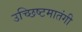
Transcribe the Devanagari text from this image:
उच्छिष्टमातंगी